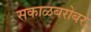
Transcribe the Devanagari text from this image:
सकाळबरोबर